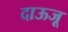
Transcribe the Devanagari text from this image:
दाऊजू